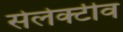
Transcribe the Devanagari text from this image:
सेलेक्टीव